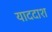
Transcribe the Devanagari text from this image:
याददाश